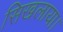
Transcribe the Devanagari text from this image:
सिखलाया।